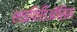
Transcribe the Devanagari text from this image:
शाइफिडिऑसिस